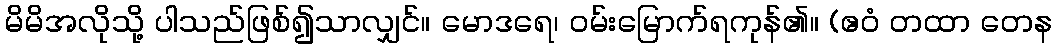
မိမိအလိုသို့ ပါသည်ဖြစ်၍သာလျှင်။ မောဒရေ၊ ဝမ်းမြောက်ရကုန်၏။ (ဧဝံ တထာ တေန